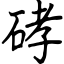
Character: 硣